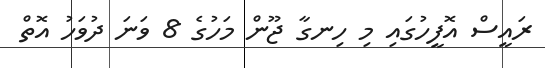
ރައީސް އޮފީހުގައި މި ހިނގާ ޖޫން މަހުގެ 8 ވަނަ ދުވަހު އޮތް